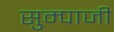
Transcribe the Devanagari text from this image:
सुम्पाजी